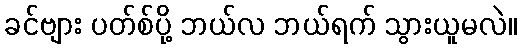
ခင်ဗျား ပတ်စ်ပို့ ဘယ်လ ဘယ်ရက် သွားယူမလဲ။